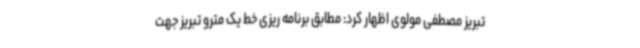
تبریز مصطفی مولوی اظهار کرد: مطابق برنامه ریزی خط یک مترو تبریز جهت